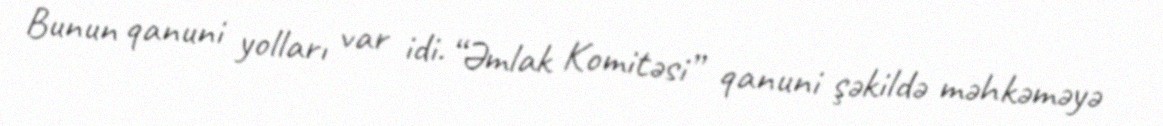
Bunun qanuni yolları var idi. “Əmlak Komitəsi” qanuni şəkildə məhkəməyə